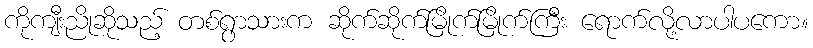
ကိုကျီးညိုဆိုသည့် တစ်ရွာသားက ဆိုက်ဆိုက်မြိုက်မြိုက်ကြီး ရောက်လို့လာပါပကော။